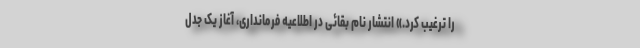
را ترغیب کرد.» انتشار نام بقائی در اطلاعیه فرمانداری، آغاز یک جدل